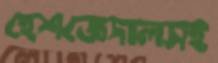
হেশজেদালসহ